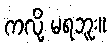
ကလို့ မရဘူး။